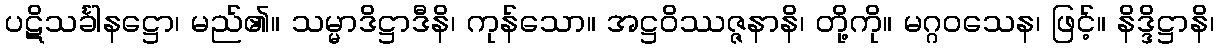
ပဋိသင်္ခါနဋ္ဌော၊ မည်၏။ သမ္မာဒိဋ္ဌာဒီနိ၊ ကုန်သော။ အဋ္ဌဝိဿဇ္ဇနာနိ၊ တို့ကို။ မဂ္ဂဝသေန၊ ဖြင့်။ နိဒ္ဒိဋ္ဌာနိ၊